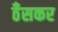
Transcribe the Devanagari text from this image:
ठँसकर